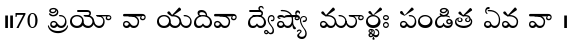
।।70 ప్రియో వా యదివా ద్వేష్యో మూర్ఖః పండిత ఏవ వా ।